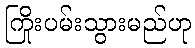
ကြိုးပမ်းသွားမည်ဟု